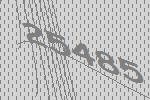
25485